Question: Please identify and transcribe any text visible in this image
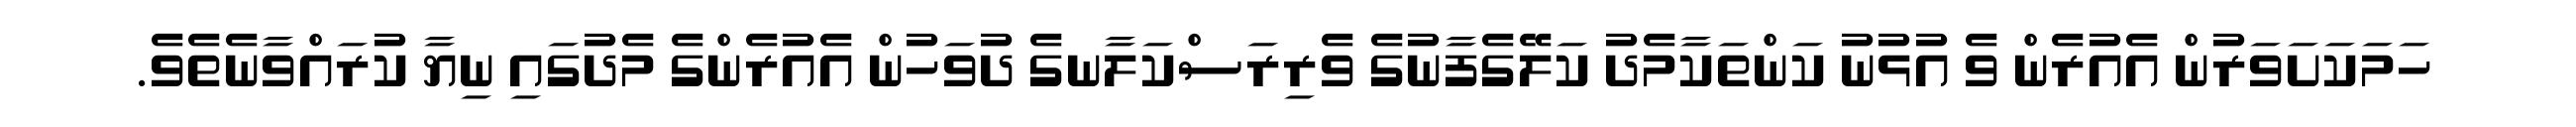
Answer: ހަމަކަށަވަރުން އެއުރެން ވެ އުޅުނު ކަންތަކާމެދު ކަލޭގެފާނުގެ ވެރިރަސްކަލާނގެ ދުވަހުން އެއުރެންގެ މެދުގައި ނިޔާ ކުރައްވާނެތެވެ.